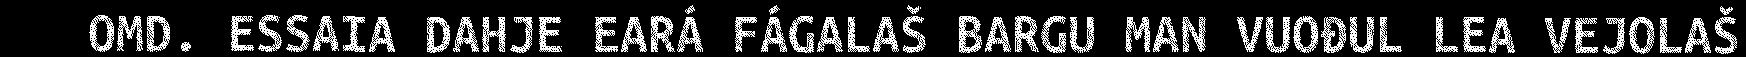
OMD. ESSAIA DAHJE EARÁ FÁGALAŠ BARGU MAN VUOĐUL LEA VEJOLAŠ